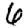
Digit: 6